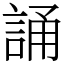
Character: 誦